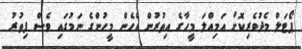
ޕޯޓަލް މެދުވެރިކޮށް އަމިއްލަ މީހާގެ އިތުރުން އެހެން މީހުންގެ ނަމުގައި ވެސް ފިތުރު